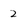
Character: 2